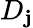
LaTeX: D_{\mathbf{j}}